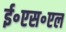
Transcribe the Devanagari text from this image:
ई॰एस॰एल